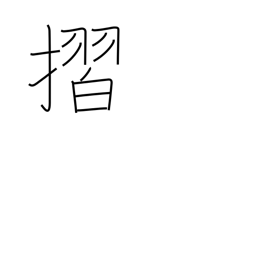
Meaning: rub